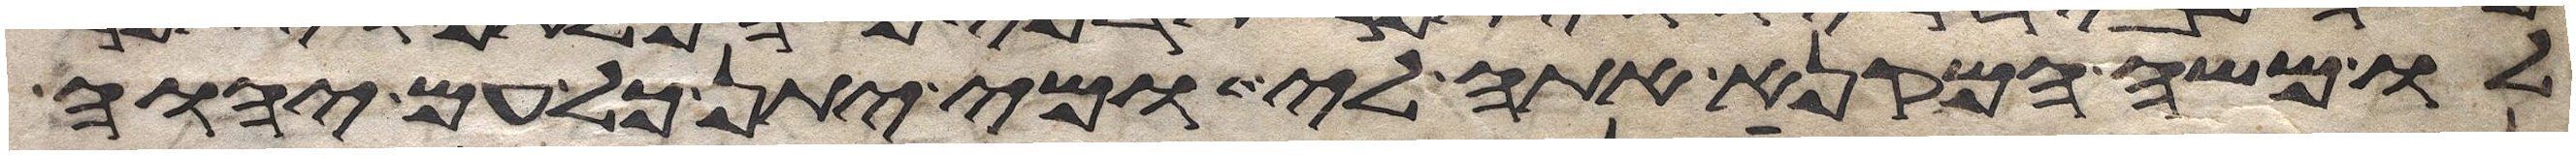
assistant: לו משה המקנא אתה לי ומי יתן כל עם יהוה